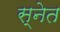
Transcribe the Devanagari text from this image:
स्नेत